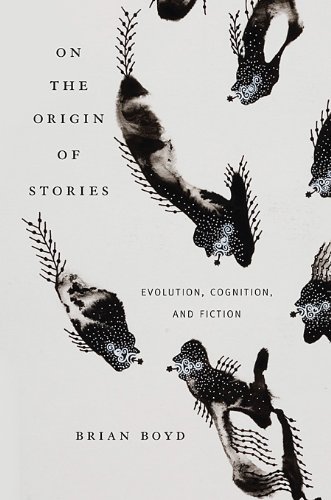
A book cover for On the Origin of Stories: Evolution, Cognition, and Fiction; Brian Boyd; Literature & Fiction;